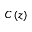
C \left( z \right)